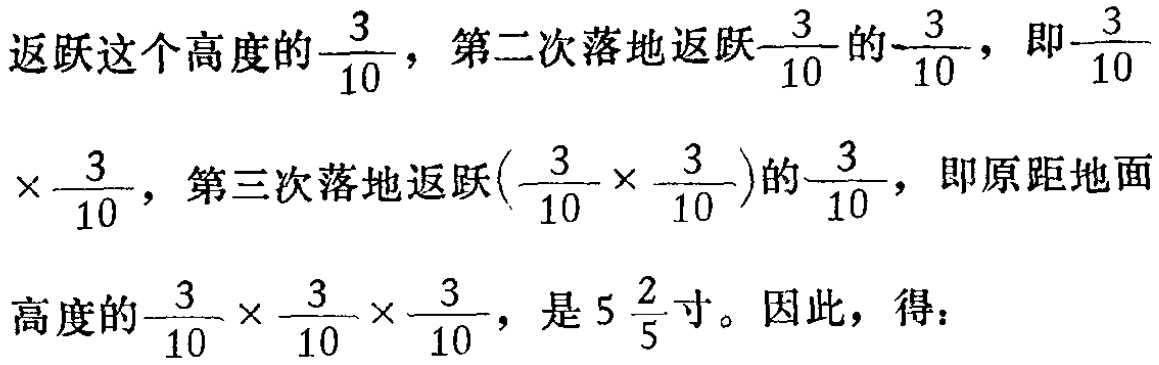
返跃这个高度的$\frac{3}{10}$，第二次落地返跃$\frac{3}{10}$的$\frac{3}{10}$，即$\frac{3}{10}$$\times\frac{3}{10}$，第三次落地返跃$(\frac{3}{10} \times \frac{3}{10})$的$\frac{3}{10}$，即原距地面高度的$\frac{3}{10} \times \frac{3}{10} \times \frac{3}{10}$，是$5\frac{2}{5}$寸。因此，得：